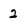
Character: 2